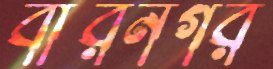
বীরনগর